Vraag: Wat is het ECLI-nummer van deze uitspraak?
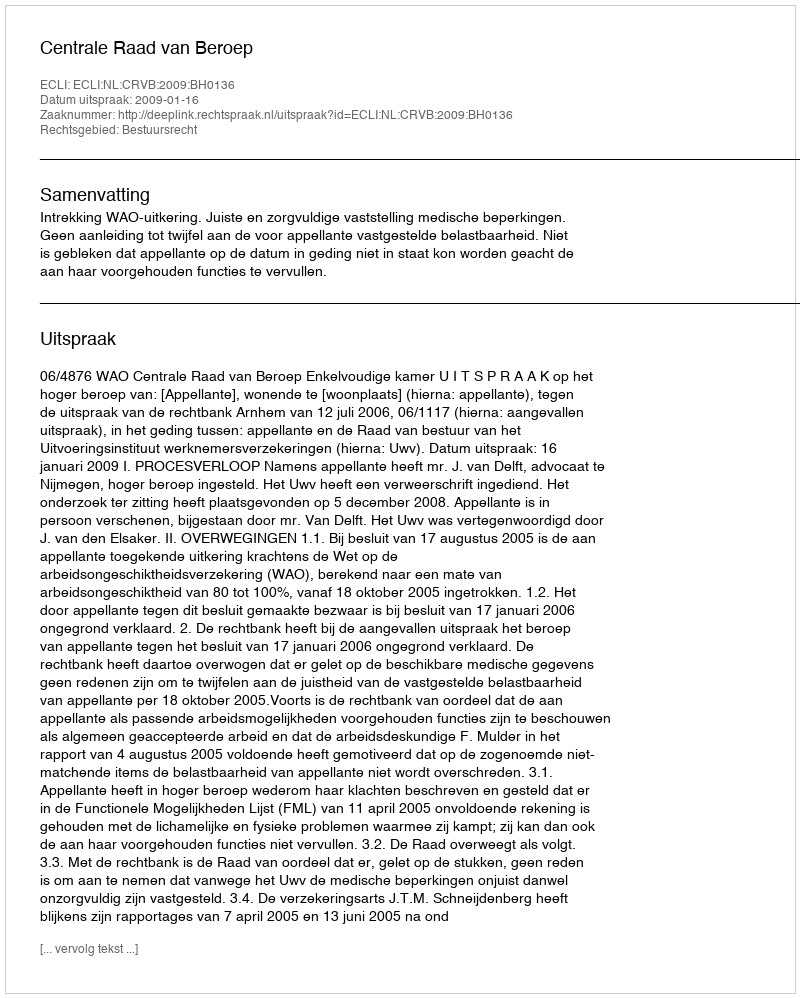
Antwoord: ECLI:NL:CRVB:2009:BH0136